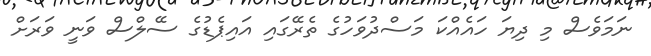
ނަމަވެސް މި ދިޔަ ހައެއްކަ މަސްދުވަހުގެ ތެރޭގައި އައިޕެޑުގެ ސޭލްސް ވަނީ ވަރަށް